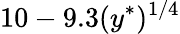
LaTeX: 10-9.3(y^{\ast})^{1/4}